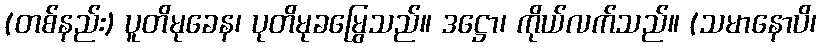
(တစ်နည်း) ပူတိမုခေန၊ ပုတိမုခမြွေသည်။ ဒဋ္ဌော၊ ကိုယ်လက်သည်။ (သမာနောပိ၊